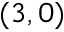
( 3 , 0 )